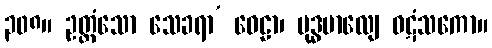
၃၀၈။ ဥတ္တံသော သေခရာ’ ဝေဠာ၊ မုဒ္ဓမာလျေ ဝဋံသကော။